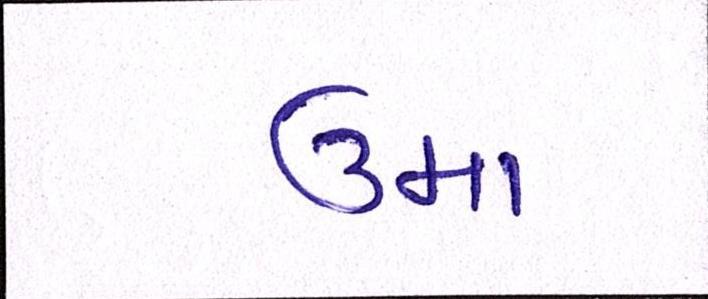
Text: ઉમા